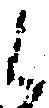
候